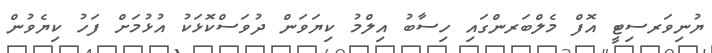
ޔުނިވަރސިޓީ އޮފް މެލްބަރންގައި ހިސާބު އިލްމު ކިޔަވަން ދުވަސްކޮޅަކު އުޅުމަށް ފަހު ކިޔެވުން